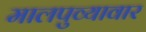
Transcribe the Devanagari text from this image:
मालपुव्यावार